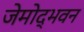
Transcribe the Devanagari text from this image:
जेमोद्भवन